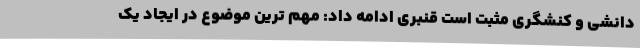
دانشی و کنشگری مثبت است قنبری ادامه داد: مهم ترین موضوع در ایجاد یک